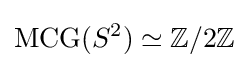
\operatorname {MCG} (S^{2})\simeq \mathbb {Z} /2\mathbb {Z}